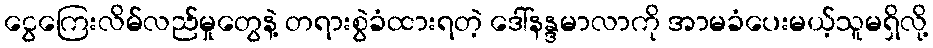
ငွေကြေးလိမ်လည်မှုတွေနဲ့ တရားစွဲခံထားရတဲ့ ဒေါ်နန္ဒမာလာကို အာမခံပေးမယ့်သူမရှိလို့